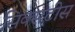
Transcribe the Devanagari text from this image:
सिक्सटीस